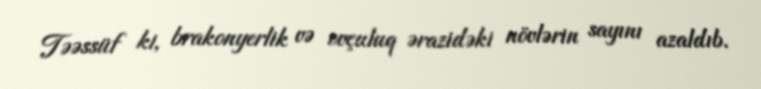
Təəssüf ki, brakonyerlik və ovçuluq ərazidəki növlərin sayını azaldıb.